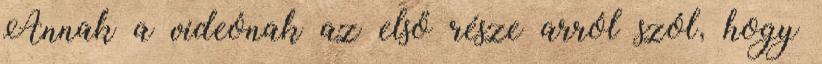
Annak a videónak az első része arról szól, hogy